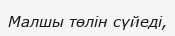
Малшы төлін сүйеді,